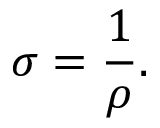
\sigma = { \frac { 1 } { \rho } } . \,